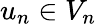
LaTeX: u_{n}\in V_{n}